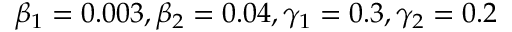
\beta _ { 1 } = 0 . 0 0 3 , \beta _ { 2 } = 0 . 0 4 , \gamma _ { 1 } = 0 . 3 , \gamma _ { 2 } = 0 . 2